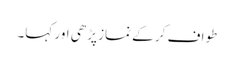
طواف کر کے نماز پڑھی اور کہا۔